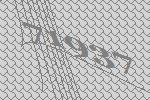
71937